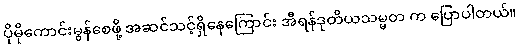
ပိုမိုကောင်းမွန်စေဖို့ အဆင်သင့်ရှိနေကြောင်း အီရန်ဒုတိယသမ္မတ က ပြောပါတယ်။